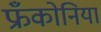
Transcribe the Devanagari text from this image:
फ्रँकोनिया